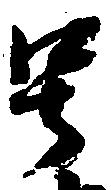
号